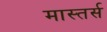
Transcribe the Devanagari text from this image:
मास्तर्स